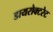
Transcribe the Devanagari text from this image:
डायरोक्टरेट